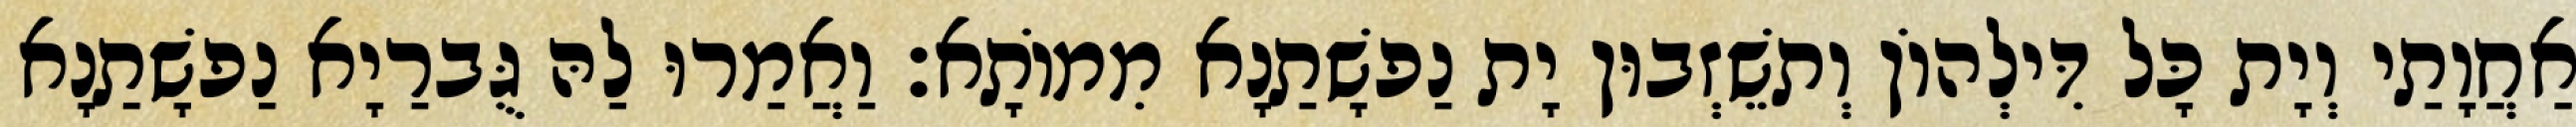
אַחֲוָתַי וְיָת כָּל דִּילְהוֹן וְתשֵׁזְבוּן יָת נַפשָׁתַנָא מִמוֹתָא׃ וַאֲמַרוּ לַהּ גֻּברַיָא נַפשָׁתַנָא